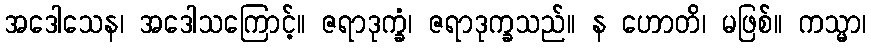
အဒေါသေန၊ အဒေါသကြောင့်။ ဇရာဒုက္ခံ၊ ဇရာဒုက္ခသည်။ န ဟောတိ၊ မဖြစ်။ ကသ္မာ၊